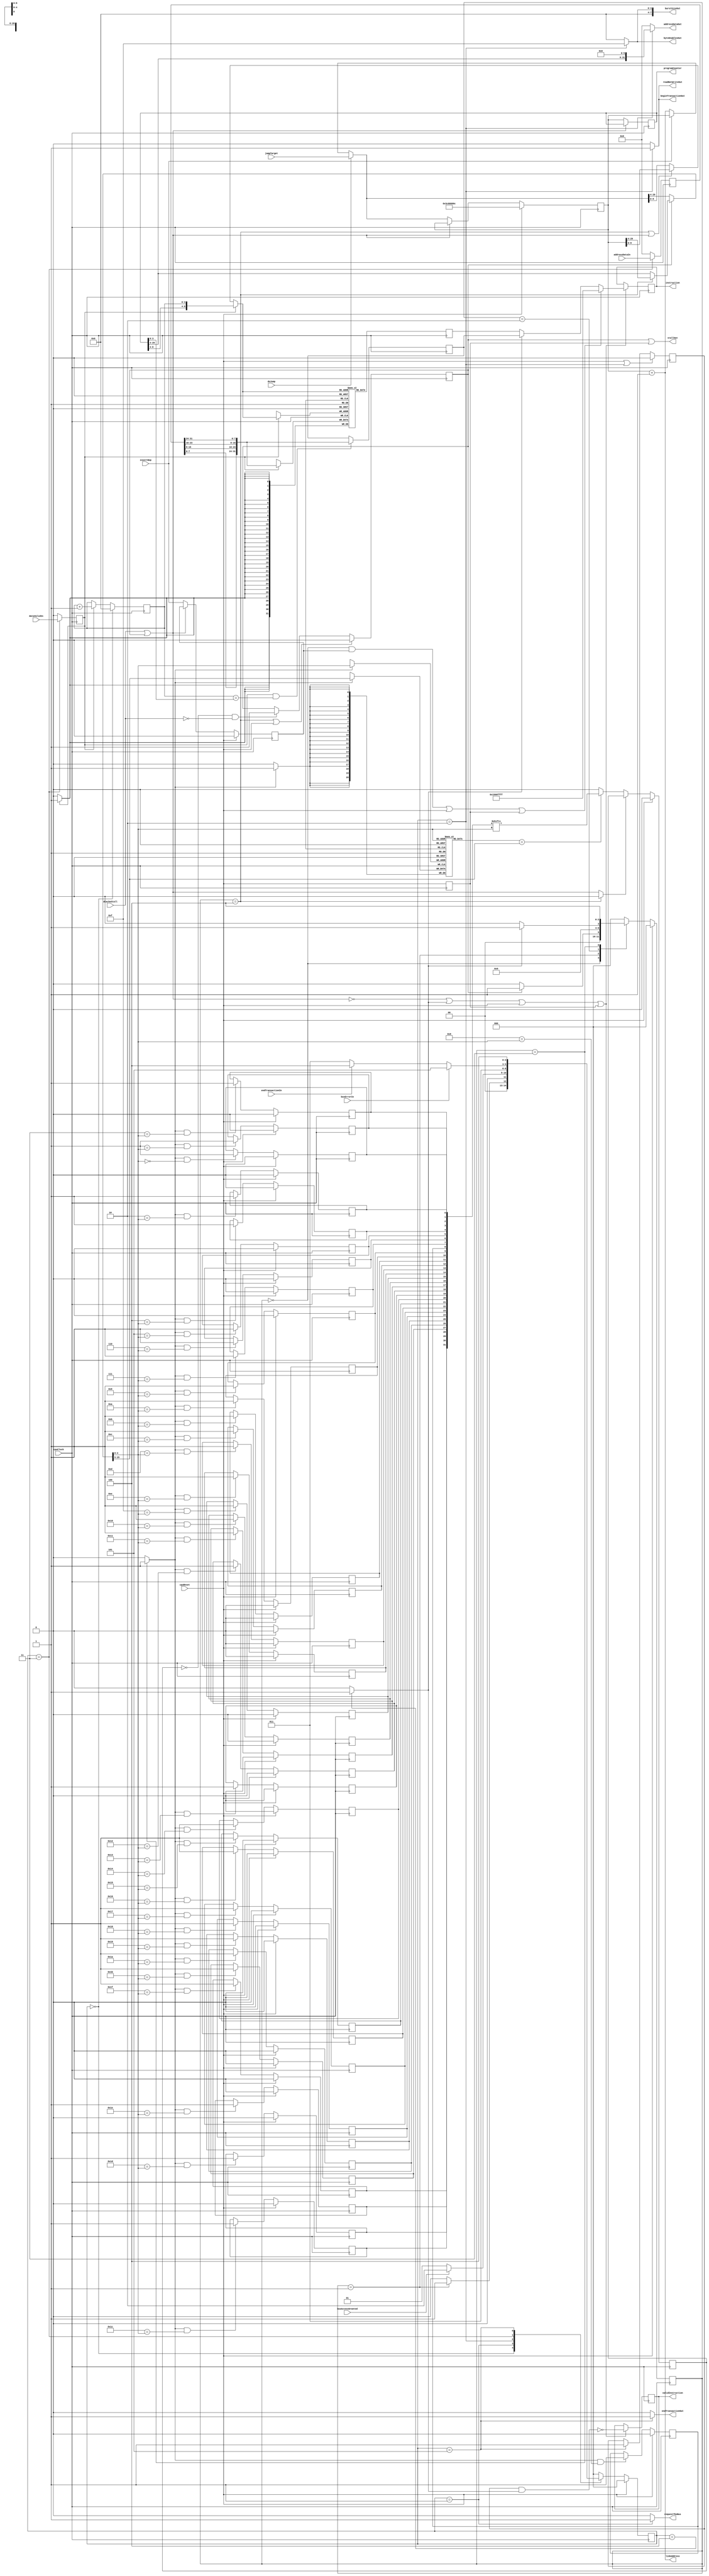
module fetchStage #(parameter [31:0] NOP_INSTRUCTION = 32'h1500FFFF)
                   (input wire         cpuClock,
                                       cpuReset,
                    
                    output wire        requestTheBus,
                    input wire         busAccessGranted,
                                       busErrorIn,
                    output wire        beginTransactionOut,
                    input wire [31:0]  addressDataIn,
                    output wire [31:0] addressDataOut,
                    input wire         endTransactionIn,
                    output wire        endTransactionOut,
                    output wire [3:0]  byteEnablesOut,
                    input wire         dataValidIn,
                    output wire [7:0]  burstSizeOut,
                    output wire        readNotWriteOut,
                    
                    input wire         dCacheStall,
                    output wire        stallOut,
                    input wire         insertNop,
                                       doJump,
                    input wire [31:2]  jumpTarget,
                    output wire [31:2] linkAddress,
                                       programCounter,
                    output reg [31:0]  instruction,
                    output reg         validInstruction);

  /*
   *
   * this fetch-stage contains a 2k direct mapped cache with 64bytes cache-lines
   *
   */

  localparam [31:0] RESET_VECTOR      = 32'hF0000030;

  localparam [2:0] IDLE               = 3'd0;
  localparam [2:0] REQUEST_CACHE_LINE = 3'd1;
  localparam [2:0] WAIT_CACHE_LINE    = 3'd2;
  localparam [2:0] UPDATE_TAG         = 3'd3;
  localparam [2:0] LOOKUP             = 3'd4;
  
  localparam [2:0] NOP              = 3'd0;
  localparam [2:0] REQUEST_BUS      = 3'd1;
  localparam [2:0] INIT_TRANSACTION = 3'd2;
  localparam [2:0] WAIT_BURST       = 3'd3;
  localparam [2:0] SIGNAL_DONE      = 3'd4;
  localparam [2:0] BUS_ERROR        = 3'd5;
  
  reg [2:0]  s_stateReg, s_busStateReg;
  reg [3:0]  s_burstCountReg;
  reg        s_stallReg, s_dataInValidReg, s_busErrorReg;
  reg [31:0] s_dataInReg, s_fetchedInstructionReg;
  wire       s_stall = dCacheStall | s_stallReg;
  
  /*
   *
   * Here the program counter is defined
   *
   */
  reg [31:2] s_programCounterReg, s_pcReg;
  
  wire [31:2] s_incrementedProgramCounter = s_pcReg + 30'd1;
  wire [31:2] s_programCounterNext = (doJump == 1'b1) ? jumpTarget :
                                     (insertNop == 1'b1) ? s_pcReg : s_incrementedProgramCounter;
  
  assign linkAddress    = s_incrementedProgramCounter;
  assign programCounter = s_programCounterReg;
  
  always @(posedge cpuClock) 
    begin
      s_pcReg             <= (cpuReset == 1'b1) ? RESET_VECTOR[31:2] :
                             (s_stall == 1'b0) ? s_programCounterNext : s_pcReg;
      s_programCounterReg <= (s_stall == 1'b0) ? s_pcReg : s_programCounterReg;
    end
  
  /*
   *
   * Here all cache related signals are defined
   *
   */
  reg [31:0]   s_dataMemory [511:0];
  reg [31:0]   s_validBits, s_instruction;
  reg [31:11]  s_tagMemory [31:0];
  reg          s_hitReg;
  wire         s_stallHit = (s_stateReg == LOOKUP) ? 1'b0 : s_stall;
  wire         s_weTag    = (s_stateReg == UPDATE_TAG) ? 1'b1 : 1'b0;
  wire [31:6]  s_lookupAddress = (s_stallReg == 1'b0) ? s_programCounterNext[31:6] :
                                 (s_stateReg == LOOKUP) ? s_pcReg[31:6] : s_programCounterReg[31:6];
  wire [8:0]   s_dataAddress = (s_dataInValidReg == 1'b1) ? {s_programCounterReg[10:6], s_burstCountReg} :
                               (s_stateReg == LOOKUP || s_stall == 1'b1) ? s_pcReg[10:2] : s_programCounterNext[10:2];
  wire [4:0]   s_index = s_lookupAddress[10:6];
  wire [31:11] s_newTag = s_lookupAddress[31:11];
  wire         s_selectedValid = s_validBits[s_index];
  wire [31:11] s_selectedTag = s_tagMemory[s_index];
  wire         s_hit = (s_selectedTag == s_lookupAddress[31:11]) ? s_selectedValid : 1'b0;
  
  genvar n;
  
  generate
    for (n = 0 ; n < 32 ; n = n + 1)
      begin:validBits
        always @(posedge cpuClock) 
          begin
            if (cpuReset == 1'b1) s_validBits[n] <= 1'b0;
            else if (s_weTag == 1'b1 && n == s_index) s_validBits[n] <= 1'b1;
          end
      end
  endgenerate
  
  always @(posedge cpuClock)
    begin
      s_hitReg <= (cpuReset == 1'b1) ? 1'b0 : (s_stallHit == 1'b0) ? s_hit : s_hitReg;
      if (s_weTag == 1'b1) s_tagMemory[s_index] = s_newTag;
    end
  
  always @(posedge cpuClock)
    begin
      if (s_dataInValidReg == 1'b1) s_dataMemory[s_dataAddress] <= {s_dataInReg[7:0], s_dataInReg[15:8], s_dataInReg[23:16], s_dataInReg[31:24]};
      s_instruction <= s_dataMemory[s_dataAddress];
    end

  /*
   *
   * Here the stall related signals are defined
   *
   */
  reg s_delayedResetReg, s_insertNopReg;
  
  assign stallOut = s_stallReg | s_delayedResetReg;
  
  always @(posedge cpuClock) 
    begin
      s_delayedResetReg <= cpuReset;
      s_stallReg        <= (s_stateReg == LOOKUP || cpuReset == 1'b1) ? 1'b0 :
                           (s_hitReg == 1'b0 && dCacheStall == 1'b0) ? 1'b1 : s_stallReg;
      s_insertNopReg    <= (cpuReset == 1'b1) ? 1'b0 : (s_stall == 1'b0) ? insertNop : s_insertNopReg;
    end
  
  /*
   *
   * Here the instruction related signals are defined
   *
   */
  wire        s_ackClBus = (s_busStateReg == SIGNAL_DONE) ? 1'b1 : 1'b0;
  wire        s_nextValid = ~(s_busErrorReg & s_ackClBus);
  wire [31:0] s_nextInstruction = ((s_stateReg == IDLE && s_insertNopReg == 1'b1) || cpuReset == 1'b1 || s_delayedResetReg == 1'b1) ? NOP_INSTRUCTION :
                                  (s_ackClBus == 1'b1) ? s_fetchedInstructionReg : s_instruction;

  always @(posedge cpuClock)
    if (s_stall == 1'b0 || s_ackClBus == 1'b1 || cpuReset == 1'b1 || s_delayedResetReg == 1'b1) 
      begin
        validInstruction <= s_nextValid;
        instruction      <= s_nextInstruction;
      end

  /*
   *
   * Here the main state machine is defined
   *
   */
  reg [2:0] s_nextState;
  
  always @*
    case (s_stateReg)
      IDLE               : s_nextState <= (s_stallReg == 1'b1) ? REQUEST_CACHE_LINE : IDLE;
      REQUEST_CACHE_LINE : s_nextState <= WAIT_CACHE_LINE;
      WAIT_CACHE_LINE    : s_nextState <= (s_ackClBus == 1'b1) ? UPDATE_TAG : WAIT_CACHE_LINE;
      UPDATE_TAG         : s_nextState <= LOOKUP;
      default            : s_nextState <= IDLE;
    endcase
  
  always @(posedge cpuClock) s_stateReg <= (cpuReset == 1'b1) ? IDLE : s_nextState;

  /*
   *
   * Here the bus related Signals are defined
   *
   */
  
  reg [2:0] s_nextBusState;
  
  assign requestTheBus       = (s_busStateReg == REQUEST_BUS) ? 1'b1 : 1'b0;
  assign beginTransactionOut = (s_busStateReg == INIT_TRANSACTION) ? 1'b1 : 1'b0;
  assign addressDataOut      = (s_busStateReg == INIT_TRANSACTION) ? {s_programCounterReg[31:6],6'd0} : 32'd0;
  assign byteEnablesOut      = (s_busStateReg == INIT_TRANSACTION) ? 4'hF : 4'd0;
  assign burstSizeOut        = (s_busStateReg == INIT_TRANSACTION) ? 8'h0F: 8'd0;
  assign readNotWriteOut     = (s_busStateReg == INIT_TRANSACTION) ? 1'b1 : 1'b0;
  assign endTransactionOut   = (s_busStateReg == BUS_ERROR) ? 1'b1 : 1'b0;
  
  always @*
    case (s_busStateReg)
      NOP              : s_nextBusState <= (s_stateReg == REQUEST_CACHE_LINE) ? REQUEST_BUS : NOP;
      REQUEST_BUS      : s_nextBusState <= (busAccessGranted == 1'b1) ? INIT_TRANSACTION : REQUEST_BUS;
      INIT_TRANSACTION : s_nextBusState <= WAIT_BURST;
      WAIT_BURST       : s_nextBusState <= (busErrorIn == 1'b1) ? BUS_ERROR:
                                           (endTransactionIn == 1'b1) ? SIGNAL_DONE : WAIT_BURST;
      BUS_ERROR        : s_nextBusState <= SIGNAL_DONE;
      default          : s_nextBusState <= IDLE;
    endcase

  always @(posedge cpuClock)
    begin
      s_dataInReg             <= (s_busStateReg == WAIT_BURST) ? addressDataIn : 32'd0;
      s_dataInValidReg        <= (s_busStateReg == WAIT_BURST) ? dataValidIn : 1'b0;
      s_burstCountReg         <= (s_busStateReg == NOP) ? 4'd0 : (s_dataInValidReg == 1'b1) ? s_burstCountReg + 4'd1 : s_burstCountReg;
      s_fetchedInstructionReg <= (s_dataInValidReg == 1'b1 && s_burstCountReg == s_programCounterReg[5:2]) ? {s_dataInReg[7:0], s_dataInReg[15:8], s_dataInReg[23:16], s_dataInReg[31:24]} :
                                 s_fetchedInstructionReg;
      s_busErrorReg           <= (cpuReset == 1'b1 || s_busStateReg == INIT_TRANSACTION) ? 1'b0 :
                                 (s_busStateReg == BUS_ERROR) ? 1'b1 : s_busErrorReg;
      s_busStateReg           <= (cpuReset == 1'b1) ? NOP : s_nextBusState;
    end
endmodule